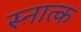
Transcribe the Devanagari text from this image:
स्नात्क